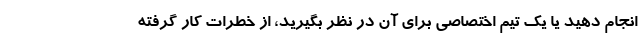
انجام دهید یا یک تیم اختصاصی برای آن در نظر بگیرید، از خطرات کار گرفته